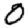
Digit: 0